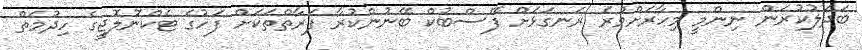
ބަދަލުކުރަން ނިންމީ މިހާރަށްވުރެ ރަނގަޅަށް ފޭސްބުކް ބޭނުންކުރާ ފަރާތްތަކަށް ފަހުގެ ޓެކްނޮލޮޖީގެ ހިދުމަތް